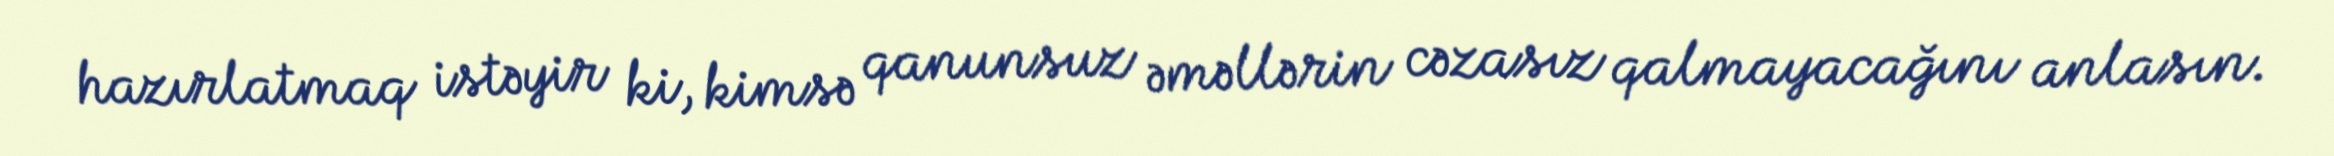
hazırlatmaq istəyir ki, kimsə qanunsuz əməllərin cəzasız qalmayacağını anlasın.